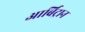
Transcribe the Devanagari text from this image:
आर्बिट्रान